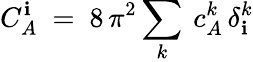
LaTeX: C_{A}^{\mathbf{i}}\ =\ 8\, \pi^{2}\sum_{k}\: c_{A}^{k}\, \delta_{\mathbf{i}}^{k}